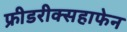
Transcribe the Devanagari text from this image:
फ्रीडरीक्सहाफेन